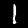
Label: 1